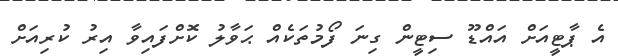
އެ ޕާޓީއަށް އައްޑޫ ސިޓީން ގިނަ ފޯމުތަކެއް ޙަވާލު ކޮށްފައިވާ އިރު ކުރިއަށް